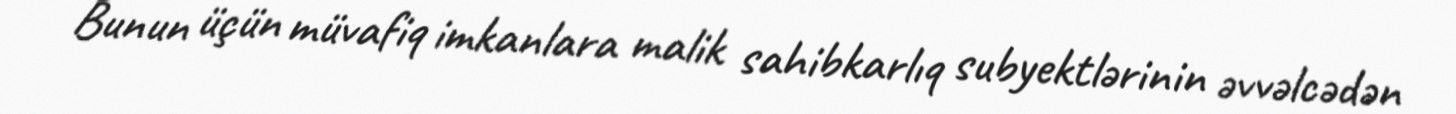
Bunun üçün müvafiq imkanlara malik sahibkarlıq subyektlərinin əvvəlcədən